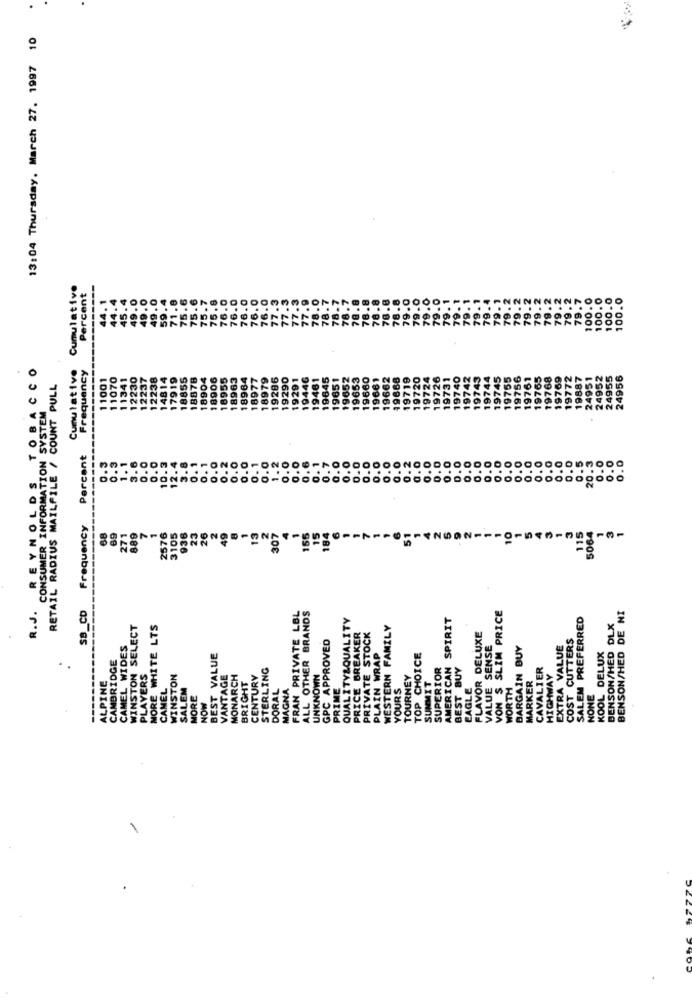
13:04 Thursday, March 27, 1997 10
Cumulative
Percent
100.0
100.0
100.0
100.0
45.
49.
TOBACCO
Cumulative
Frequency
1001
070
230
237
12238
14814
17919
18855
18878
18904
18955
963
964
8977
286
290
645
9743
755
756
761
765
24952
24955
24956
RETAIL RADIUS MAILFILE / COUNT PULL
89
CONSUMER INFORMATION SYSTEM
Percent
10.3
12.4
0. 1
0. 1
0.0
1. 1
0.0
0.0
ON
20.
REYNOLDS
POFOOD
............
Frequency
23
2
4
1
155
15
38
69
271
889
7
1
2576
3105
936
26
49
13
2
15
184
5064
1
R.J.
SB_CD
FRAN PRIVATE LBL
VON $ SLIM PRICE
BENSON/HED DE NI
ALL OTHER BRANDS
QUALITY&QUALITY
SPIRIT
SALEM PREFERRED
WINSTON SELECT
MORE WHITE LTS
PRICE BREAKER
WESTERN FAMILY
BENSON/HED DLX
GPC APPROVED
PRIVATE STOCK
FLAVOR DELUXE
COST CUTTERS
CAMEL WIDES
PLAIN WRAP
VALUE SENSE
BARGAIN BUY
EXTRA VALUE
CAMBRIDGE
BEST VALUE
TOP CHOICE
KOOL DELUX
.
PLAYERS
STERLING
SUPERIOR
AMERICAN
BEST BUY
CAVALIER
ALPINE
WINSTON
VANTAGE
MONARCH
BRIGHT
CENTURY
UNKNOWN
TOURNEY
SUMMIT
WORTH
HIGHWAY
CAMEL
SALEM
DORAL
MAGNA
PRIME
YOURS
EAGLE
MARKER
MORE
NONE
NOW
1